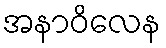
အနာဝိလေန